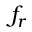
f _ { r }